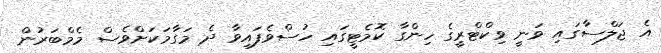
އެ ޖަލްސާގައި ވަނީ ވިކްޓްރީގެ ހިންގާ ކޮމެޓީގައި ހުސްވެފައިވާ ދެ މަގާމަކަށްވެސް މެމްބަރުން